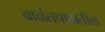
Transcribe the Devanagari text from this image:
बाळंतपणातील